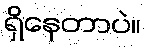
ရှိနေတာပဲ။